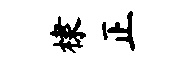
棣正